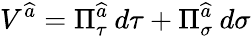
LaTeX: V^{\widehat{a}}=\Pi_{\tau}^{\widehat{a}}\: d\tau+\Pi_{\sigma}^{\widehat{a}}\: d\sigma